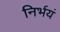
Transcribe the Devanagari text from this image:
निर्भयं